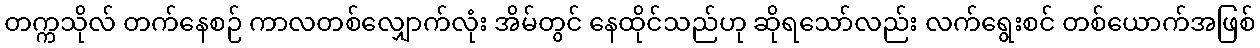
တက္ကသိုလ် တက်နေစဉ် ကာလတစ်လျှောက်လုံး အိမ်တွင် နေထိုင်သည်ဟု ဆိုရသော်လည်း လက်ရွေးစင် တစ်ယောက်အဖြစ်